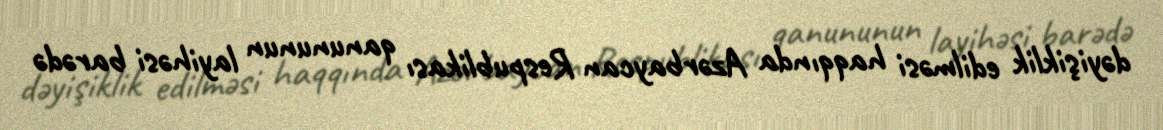
dəyişiklik edilməsi haqqında Azərbaycan Respublikası qanununun layihəsi barədə